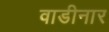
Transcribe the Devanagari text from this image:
वाडीनार